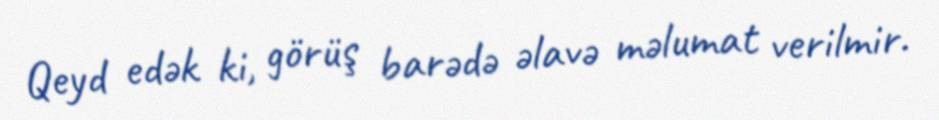
Qeyd edək ki, görüş barədə əlavə məlumat verilmir.